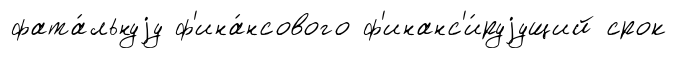
фата́льнуjу ф'ина́нсового ф'инанс'и́руjущий срок